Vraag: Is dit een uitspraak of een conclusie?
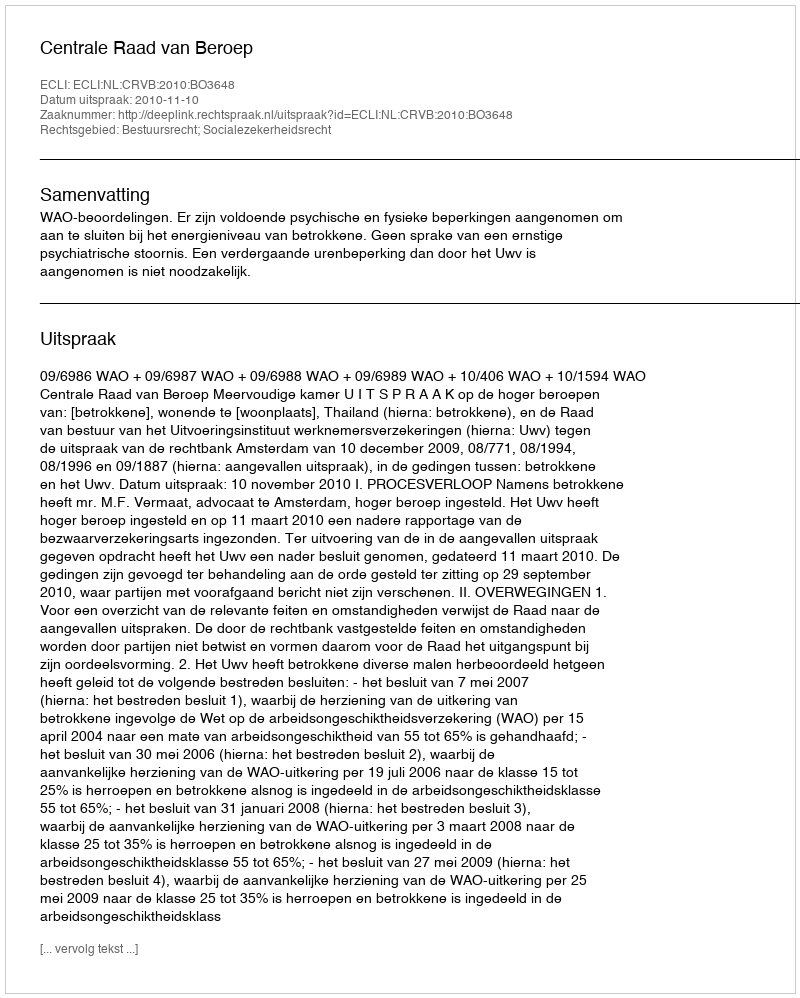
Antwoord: Uitspraak